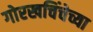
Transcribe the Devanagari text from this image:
गोरखचिंचेच्या